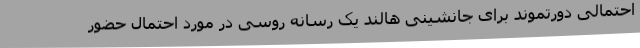
احتمالی دورتموند برای جانشینی هالند یک رسانه روسی در مورد احتمال حضور